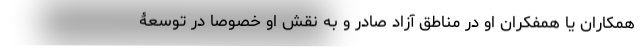
همکاران یا همفکران او در مناطق آزاد صادر و به نقش او خصوصاً در توسعۀ